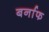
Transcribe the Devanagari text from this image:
बर्नाफ